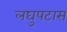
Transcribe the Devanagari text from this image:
लघुपटास